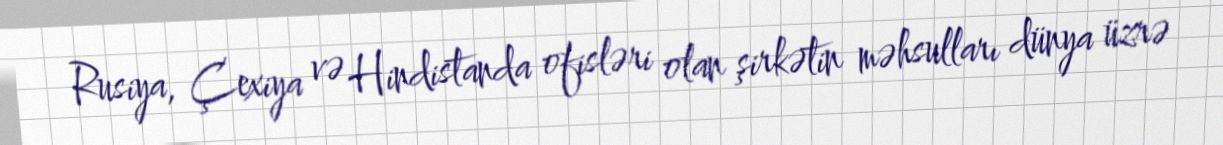
Rusiya, Çexiya və Hindistanda ofisləri olan şirkətin məhsulları dünya üzrə